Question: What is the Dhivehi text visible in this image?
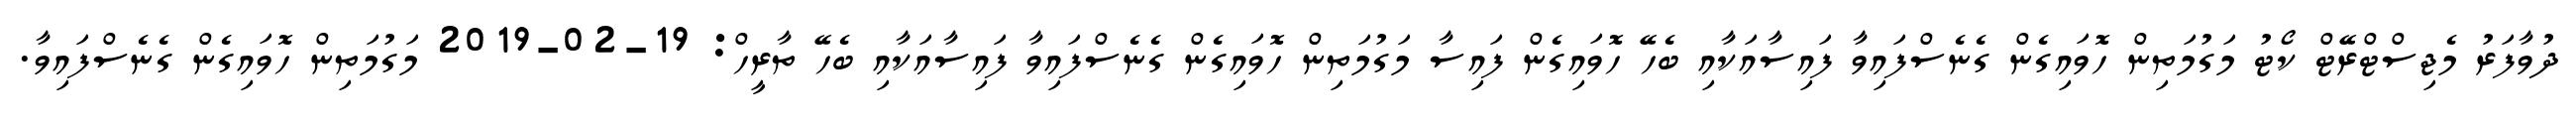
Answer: ދުވާފަރު މެޖިސްޓްރޭޓް ކޯޓު މަގުމަތިން ހޮވައިގެން ގެނެސްފައިވާ ފައިސާއަކާއި ބެހޭ ހޮވައިގެން ފައިސާ މަގުމަތިން ހޮވައިގެން ގެނެސްފައިވާ ފައިސާއަކާއި ބެހޭ ތާރީހް: 19-02-2019 މަގުމަތިން ހޮވައިގެން ގެނެސްފައިވާ.